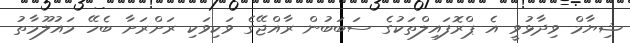
ޝިޔާމް ވިދާޅުވީ އެ ޕްރޮފައިލްތަކުގެ ސަބަބުން ރާއްޖޭގެ ވަކިވަކި ރަށްރަށާ ބެހޭ މައުލޫމާތު